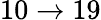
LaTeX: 10\to 19